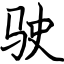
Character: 驶